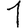
Digit: 1